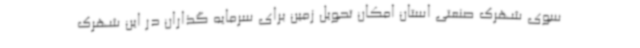
سوی شهرک صنعتی استان امکان تحویل زمین برای سرمایه گذاران در این شهرک